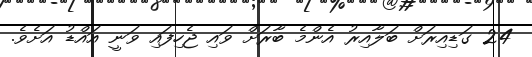
24 ގަޑިއިރަށް ބަލާއިރު އެންމެ ބާރަށް ވައި ޖެހިފައި ވަނީ އައްޑު އަށެވެ.